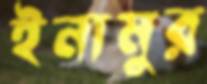
ইনামুর